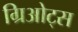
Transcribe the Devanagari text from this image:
ग्रिओट्स